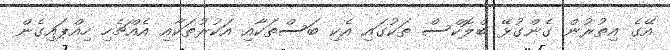
އޭގެ އިތުރުން ގެންގުޅޭ ބްލޮކްސް ތަކުގައި އެކި ބަސްތަކާއި އަކުރުތަކާއި އެއްޗެހި ހިއްޕައިގެން